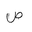
Letter: _sad